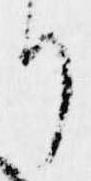
り